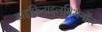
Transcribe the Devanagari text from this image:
डाइफिनाइलमिथेनॉल